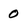
Character: 0